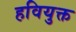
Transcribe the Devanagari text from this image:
हवियुक्त